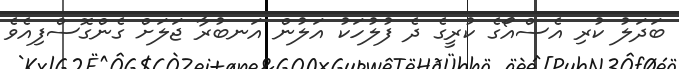
ބަދަލު ކުރި އެސްއޯގެ ކުރީގެ ދެ ފުލުހަކު އަލުން އަނބުރާ ޖަލަށް ގެންގޮސްފިއެވެ